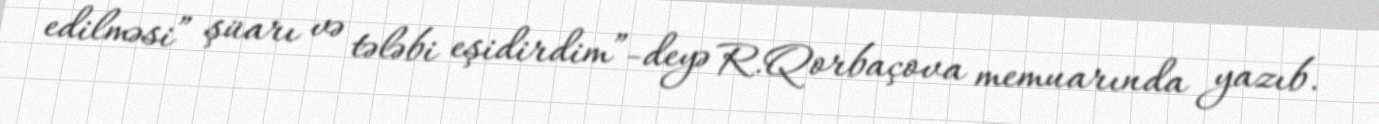
edilməsi” şüarı və tələbi eşidirdim”-deyə R.Qorbaçova memuarında yazıb.